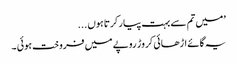
’میں تم سے بہت پیار کرتا ہوں ...
یہ گائے اڑھائی کروڑ روپے میں فروخت ہوئی ۔